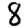
Digit: 8